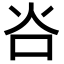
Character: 𬉸